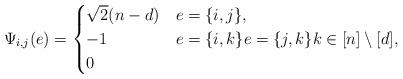
LaTeX: \begin{align*} \Psi_{i,j}(e)=\begin{cases} \sqrt{2}(n-d) & e=\{i,j\},\\ -1 & e=\{i,k\} e=\{j,k\} k\in[n]\setminus [d],\\ 0 & \end{cases}\end{align*}